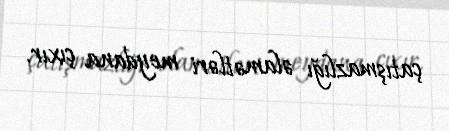
çatışmazlığı əlamətləri meydana çıxır.